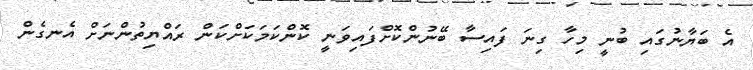
އެ ބަޔާނުގައި ބުނީ މިހާ ގިނަ ފައިސާ ބޭނުންކޮށްފައިވަނީ ކޮންކަމަކަށްކަން ރައްޔިތުންނަށް އެނގެން